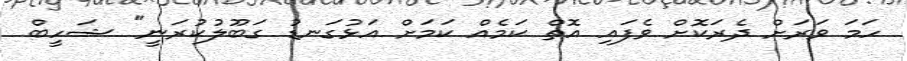
ހަމަ ވަރަށް ދެރަކޮށް ވެފައި އޮތް ކަމެއް ކަމަށް އަޅުގަނޑު ގަބޫލުކުރަނީ" ޝަހީބް